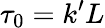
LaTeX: \tau_{0}=k^{\prime}L